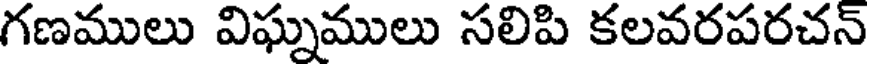
గణములు విఘ్నములు సలిపి కలవరపరచన్